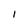
Character: I